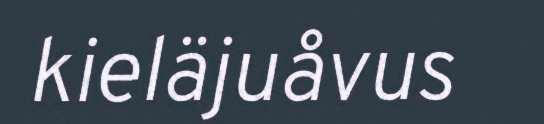
kieläjuåvus